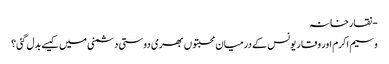
- نقارخانہ
وسیم اکرم اور وقار یونس کے درمیان محبتوں بھری دوستی دشمنی میں کیسے بدل گئی؟